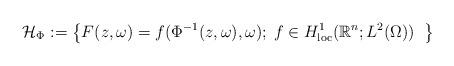
LaTeX: \begin{align*}\mathcal{H}_\Phi := {\big\{F(z,\omega)= f( \Phi^{-1} (z, \omega), \omega); \; f\in H^1_{\rm loc}(\mathbb{R}^n; L^2(\Omega)) \;\; \big\}}\end{align*}